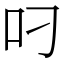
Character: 叼